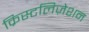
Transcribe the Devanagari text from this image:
क्रिस्टलिज़ेशन